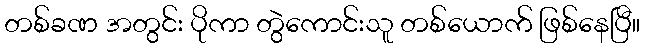
တစ်ခဏ အတွင်း ပိုကာ တွဲကောင်းသူ တစ်ယောက် ဖြစ်နေပြီ။